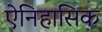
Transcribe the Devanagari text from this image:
ऐनिहासिक